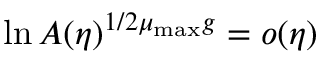
\ln A ( \eta ) ^ { 1 / 2 \mu _ { \mathrm { m a x } } g } = o ( \eta )